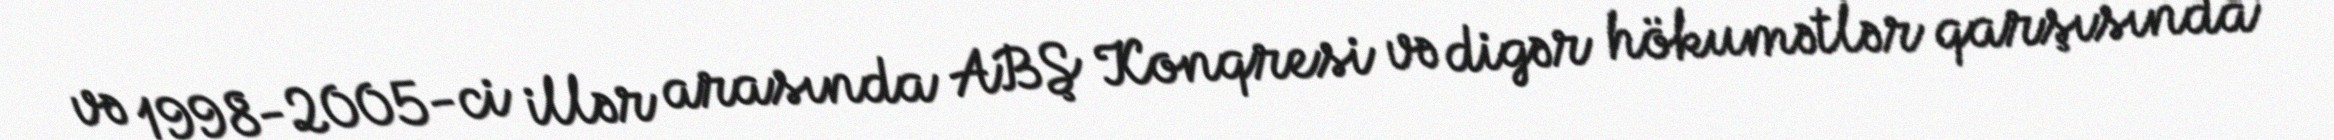
və 1998-2005-ci illər arasında ABŞ Konqresi və digər hökumətlər qarşısında